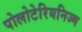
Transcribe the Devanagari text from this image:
पोलोटेरियनिज्म